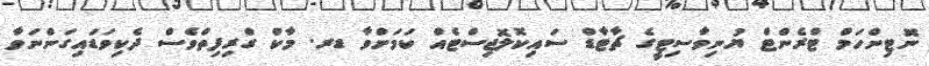
ނޮޓިންހަމް ޓްރެންޓް ޔުނިވާސިޓީގެ ޗާޓާޑް ސައިކޮލޮޖިސްޓެއް ކަމަށްވާ ޑރ. މާކް ގްރިފިތްވެސް ދެކިވަޑައިގަންނަވާ